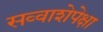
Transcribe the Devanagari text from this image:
सव्‍वाशेपेक्षा